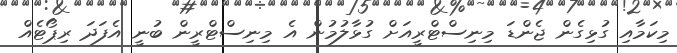
މިކަމާއި ގުޅިގެން ޖެންޑަ މިނިސްޓްރީއަށް ގުޅާލުމުން އެ މިނިސްޓްރީން ބުނީ އެފަދަ ރިޕޯޓެއް